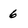
Character: 6